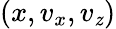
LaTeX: (x,v_{x},v_{\mathit{z}})